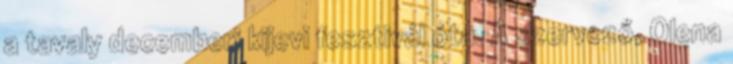
a tavaly decemberi kijevi fesztivál óta. A szervező, Olena